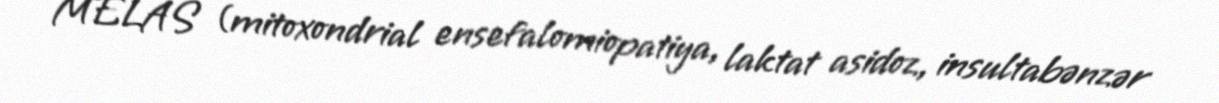
MELAS (mitoxondrial ensefalomiopatiya, laktat asidoz, insultabənzər